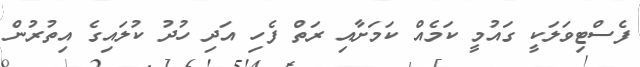
ފެސްޓިވަލަކީ ގައުމީ ކަމެއް ކަމަށާއި ރަތް ފެހި އަދި ހުދު ކުލައިގެ އިތުރުން